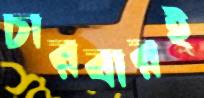
চারবারই